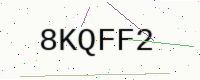
Text: 8KQFF2